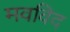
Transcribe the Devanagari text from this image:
मवविद